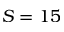
S = 1 5